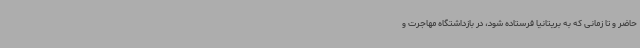
حاضر و تا زمانی که به بریتانیا فرستاده شود، در بازداشتگاه مهاجرت و